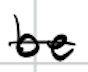
Text: be
Cross-out: single-line
Writing tool: digital_black